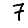
Digit: 7